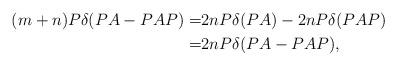
LaTeX: \begin{align*}(m+n)P\delta(PA-PAP)=&2nP\delta(PA)-2nP\delta(PAP)\\=&2nP\delta(PA-PAP), \end{align*}